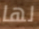
لها